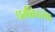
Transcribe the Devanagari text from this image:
धर्मविचारांवर